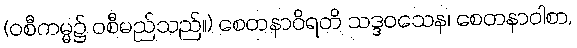
(ဝစီကမ္မ၌ ဝစီမည်သည်။) စေတနာဝိရတိ သဒ္ဒဝသေန၊ စေတနာဝါစာ,